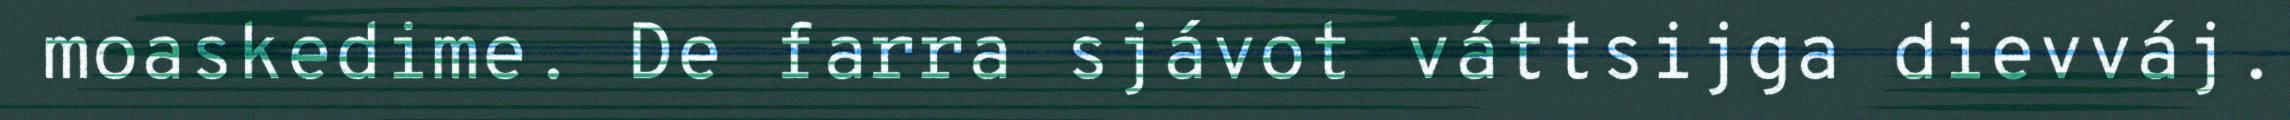
moaskedime. De farra sjávot váttsijga dievváj.